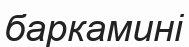
баркамині